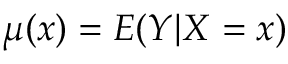
\mu ( x ) = E ( Y | X = x )